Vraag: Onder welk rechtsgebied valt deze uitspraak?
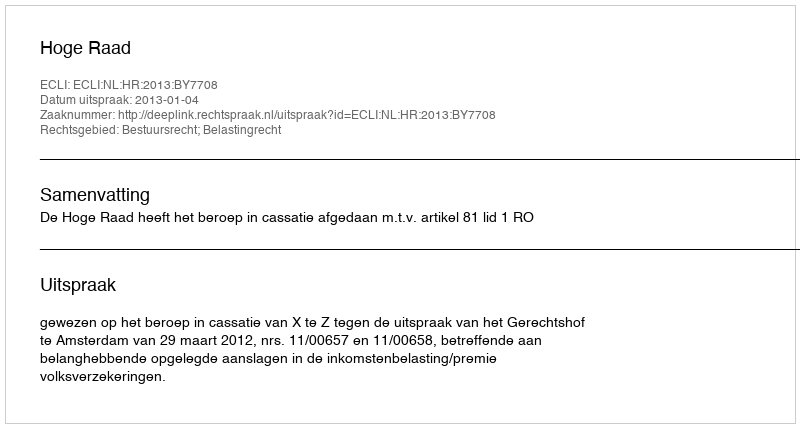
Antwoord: Bestuursrecht; Belastingrecht